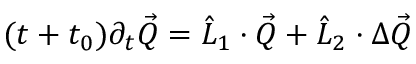
\begin{array} { r } { ( t + t _ { 0 } ) \partial _ { t } \vec { Q } = \hat { L } _ { 1 } \cdot \vec { Q } + \hat { L } _ { 2 } \cdot \Delta \vec { Q } } \end{array}